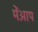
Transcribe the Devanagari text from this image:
मेंआप